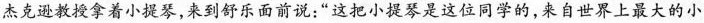
杰克逊教授拿着小提琴，来到舒乐面前说：“这把小提琴是这位同学的，来自世界上最大的